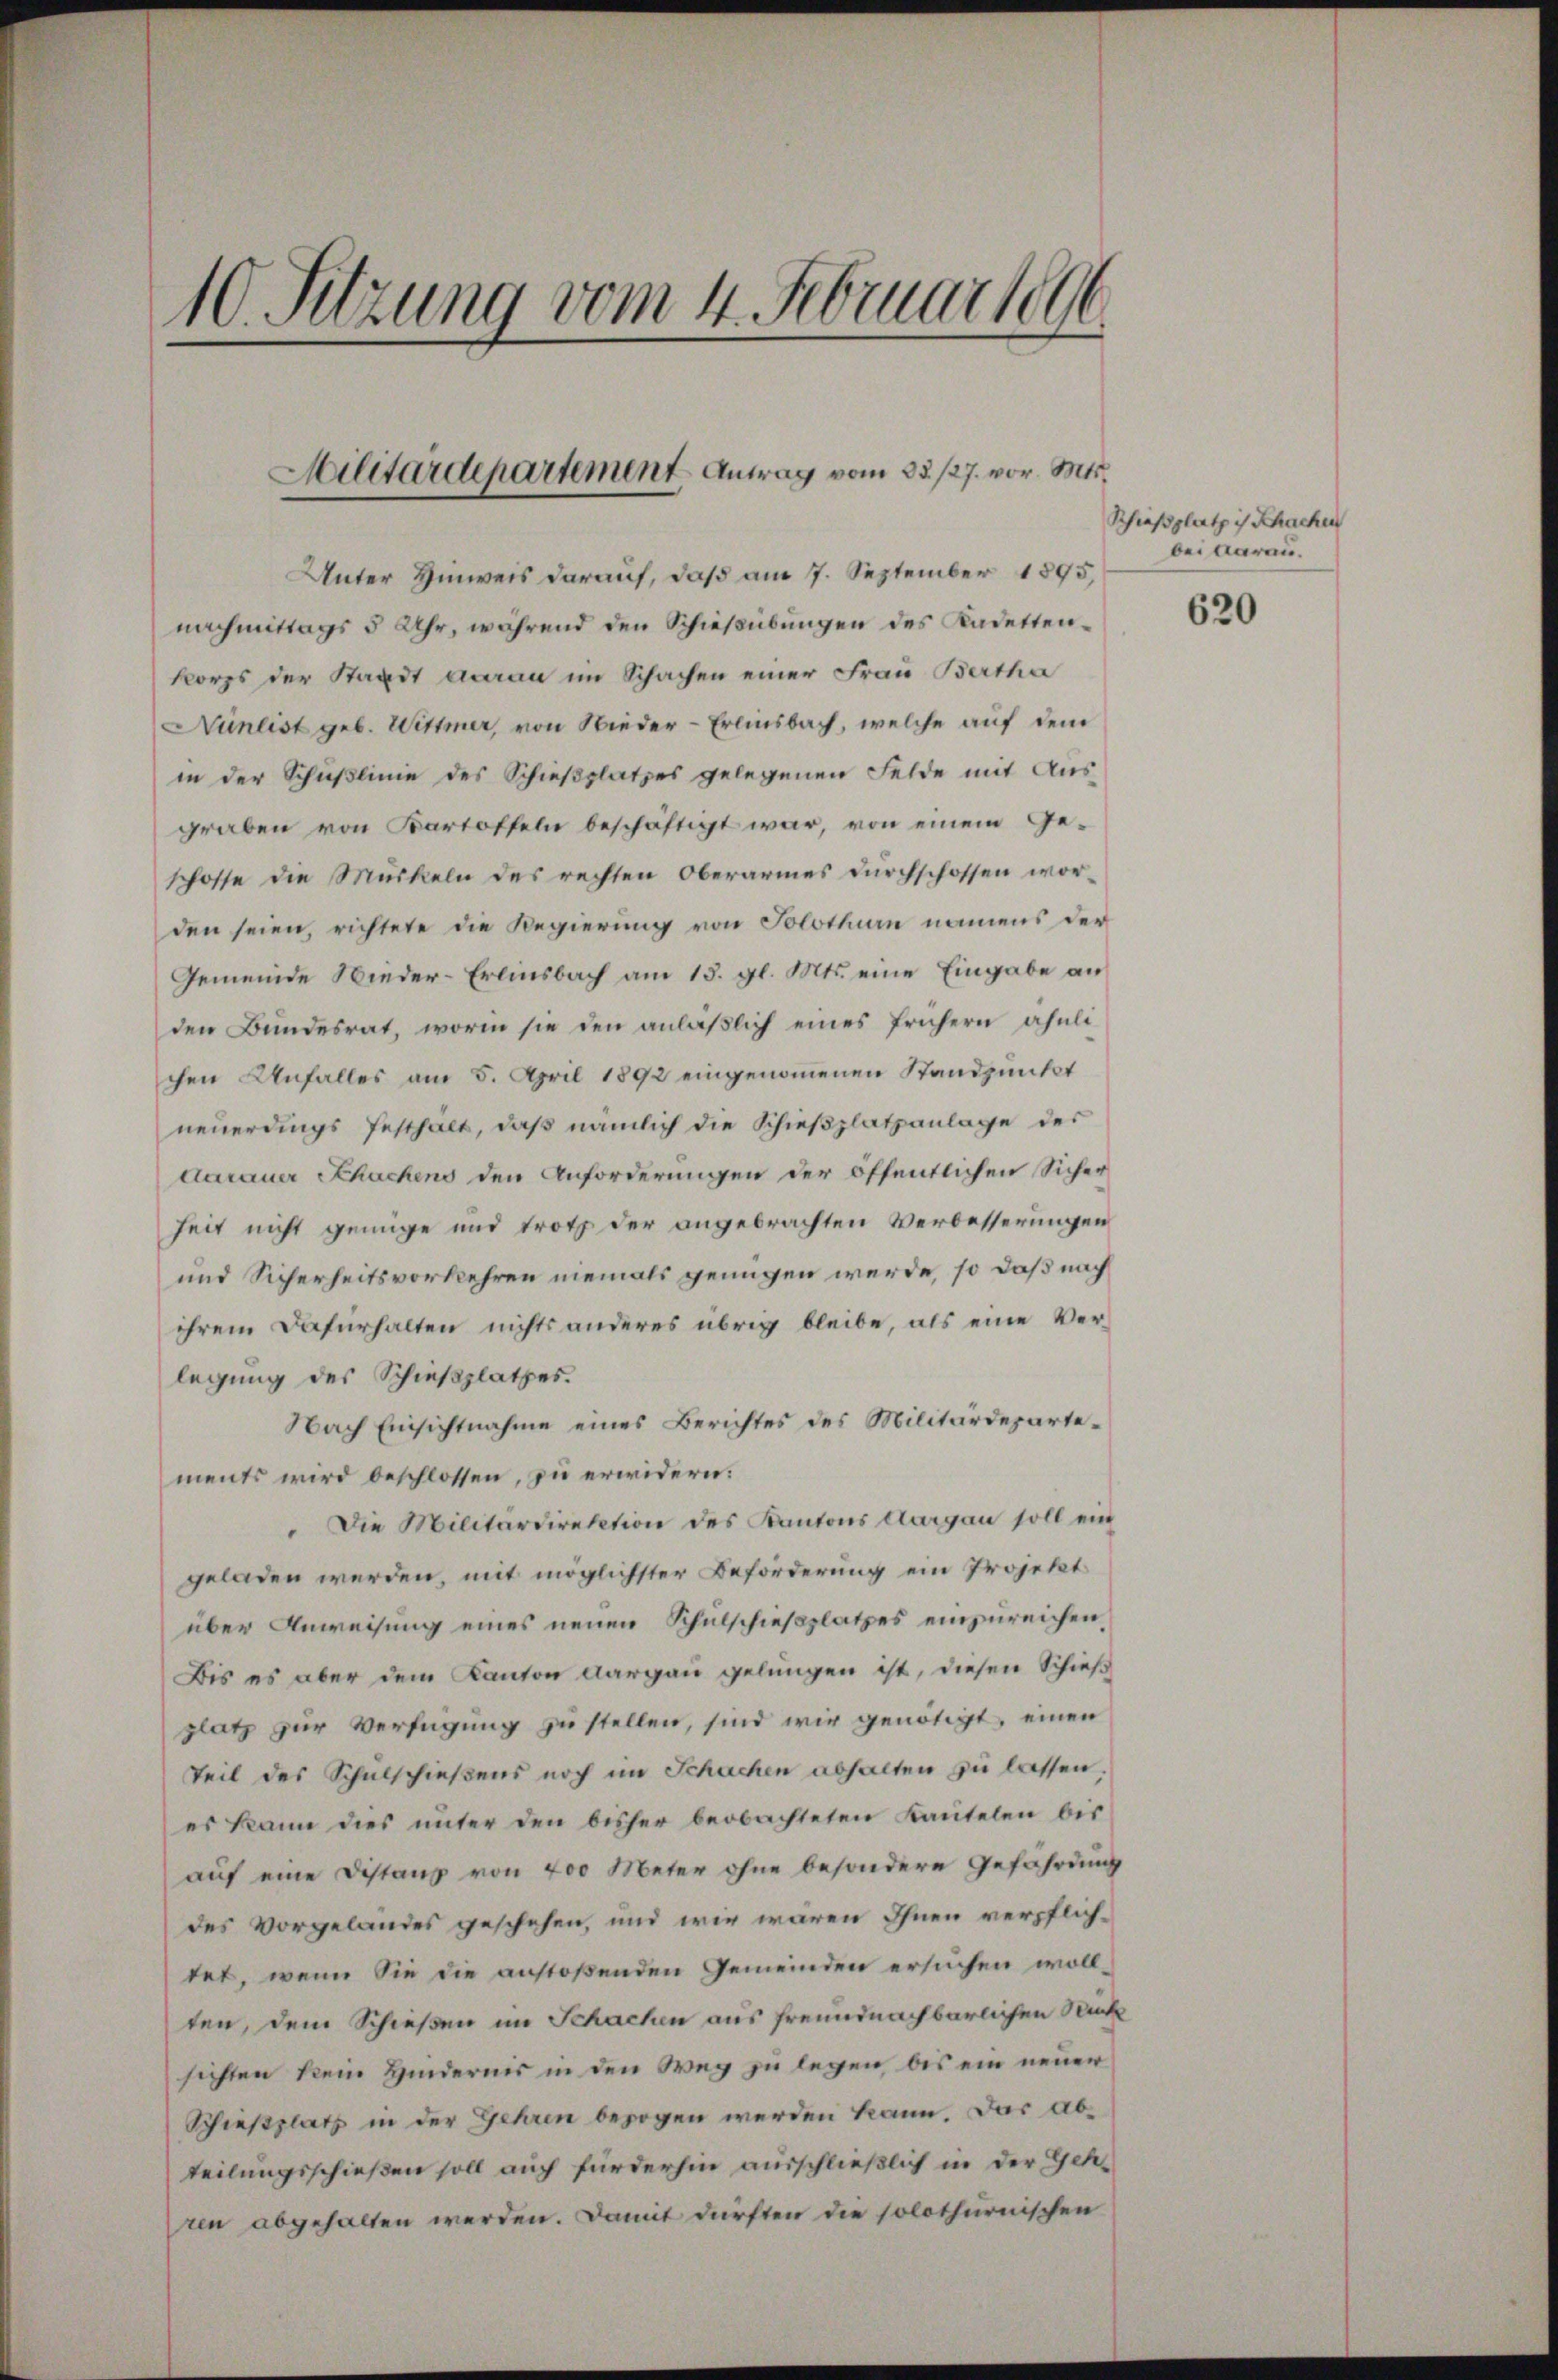
10. Sitzung vom 4. Februar 1890

Militärdepartement Antrag vom 33. 127. vor. Mts.

Unter Hinweis darauf, daß am 7. September 1895.
nachmittags 5 Uhr, während den Schießübungen des Kadettenkorps der Standt man im Schachen einer Frau Bertha
Nünlist geb. Wittmer, von Wieder-Erlinsbach, welche auf dem
in der Schußlinie des Schießplatzes gelegenen Felde mit Ausgraben von Bartoffeln beschäftigt war, von einem Geschosse die Mückeln des rechten Oberarmes durchschossen worden seien, richtete die Regierung von Solothurn namens der
Gemeinde Wieder-Erlinsbach am 13. gl. Mts. eine Eingabe an
den Bundesrat, worin sie den anläßlich eines frühern ähnlichen Unfalles am 5. April 1892 eingenommenen Standpunkt
neuerdings festhalt, daβ nämlich die Schieβplatzanlage des
darauer Schachens den Anforderungen der öffentlichen Sicher
heit nicht genüge und trotz der angebrachten Verbesserungen
und Sicherheitsvorkehren niemals genügen werde, so daß nach
ihrem Dafürhalten nichts anderes übrig bleibe, als eine Verlegung des Schießplatzes.
Nach Einsichtnahme eines Berichtes des Militärdepartements wird beschlossen, zu erwidern:
" Die Militärdirektion des Kantons Aargau soll ein
geladen werden, mit möglichster Beförderung ein Projekt
über Anweisung eines neuen Schulschießplatzes einzureichen,
Bis es aber dem Kanton Aargau gelungen ist, diesen Schieß
platz zur Verfügung zu stellen, sind wir genötigt, einen
Teil des Schulschießens noch im Schachen abhalten zu lassen
es kann dies unter den bisher beobachteten Kautelen bis
auf eine Distanz von 400 Meter ohne besondere Gefährdung
des vorgelandes geschehen, und wie waren Ihnen verpflichtet, wenn Sie die anstoßenden Gemeinden ersuchen wollten, dem Schießen im Schachen aus freundnachbarlichen Rück
sichten kein Hindernis in den Weg zu legen, bis ein neuer
Schießplatz in der Gehren bezogen werden kann. Das abteilungsschießen soll auch fürderhin ausschließlich in der Gehren abgehalten werden. Damit dürften die solothurnischen

Schießplatz ist Sachen
bei daran.

620